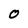
Character: O